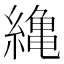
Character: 𦅥